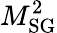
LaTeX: M_{\mathrm{SG}}^{2}